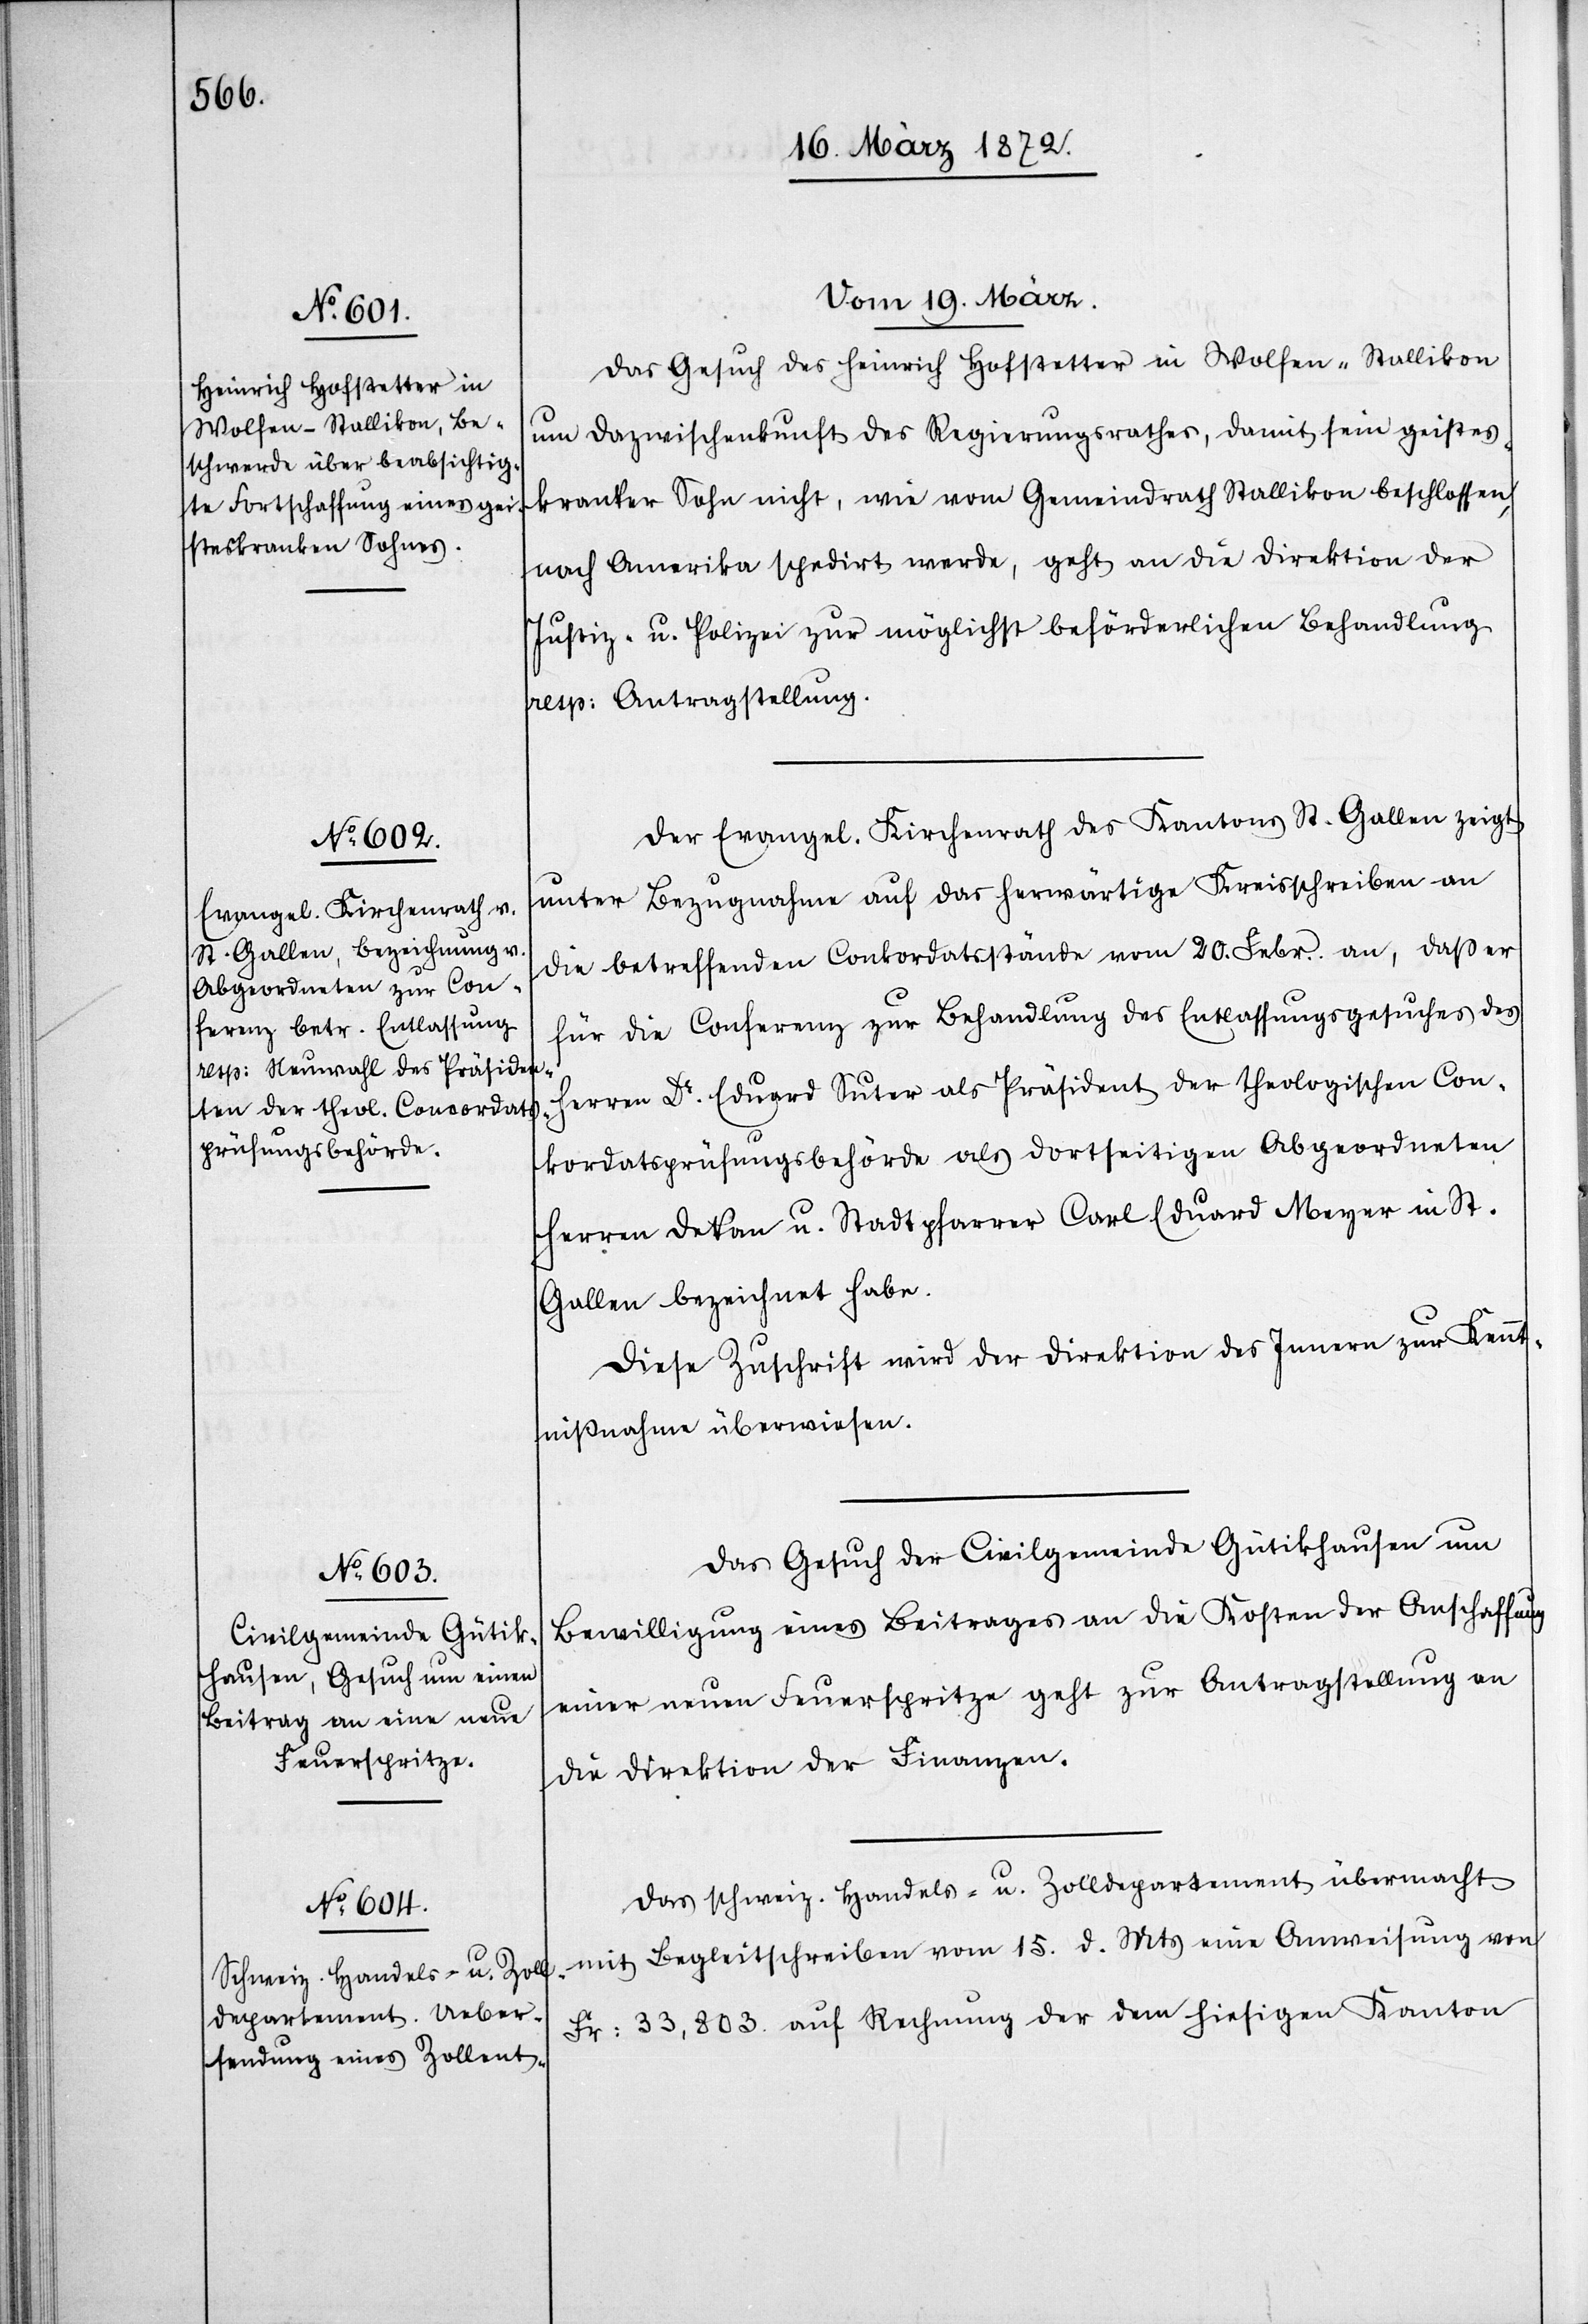
Vom 19. März]
Das Gesuch des Heinrich Hofstetter in Wolfen-Stallikon
um Dazwischenkunft des Regierungsrathes, damit sein geistes¬
kranker Sohn nicht, wie vom Gemeindrath Stallikon beschlossen,
nach Amerika spedirt werde, geht an die Direktion der
Justiz- u. Polizei zur möglichst beförderlichen Behandlung
resp. Antragstellung.
Der Evangel. Kirchenrath des Kantons St. Gallen zeigt
unter Bezugnahme auf das herwärtige Kreisschreiben an
die betreffenden Conkordatsstände vom 20. Febr. an, daß er
für die Conferenz zur Behandlung des Entlassungsgesuches des
Herren Dr. Eduard Suter als Präsident der theologischen Con¬
kordatsprüfungsbehörde als dortseitigen Abgeordneten
Herren Dekan u. Stadtpfarrer Carl Eduard Meyer in St.
Gallen bezeichnet habe.
Diese Zuschrift wird der Direktion des Innern zur Kennt¬
nißnahme überwiesen.
Das Gesuch der Civilgemeinde Gütikhausen um
Bewilligung eines Beitrages an die Kosten der Anschaffung
einer neuen Feuerspritze geht zur Antragstellung an
die Direktion der Finanzen.
Das schweiz. Handels- u. Zolldepartement übermacht
mit Begleitschreiben vom 15. d. Mts eine Anweisung von
Fr: 33,803. auf Rechnung der dem hiesigen Kanton